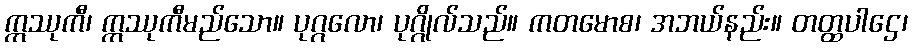
ဣဿုကီ၊ ဣဿုကီမည်သော။ ပုဂ္ဂလော၊ ပုဂ္ဂိုလ်သည်။ ကတမောစ၊ အဘယ်နည်း။ တတ္ထပါဌေ၊